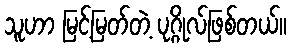
သူဟာ မြင့်မြတ်တဲ့ ပုဂ္ဂိုလ်ဖြစ်တယ်။